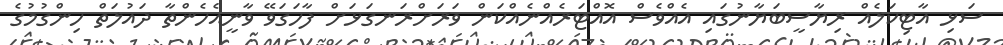
ސަޅި އާޓިކަލެއް ރިޔާސީބަޔާނުގައި އެއްވެސް އޮއްޓަރެއްނެއްކަން ވަރަށްރަނގަޅަށް ފާހަގަވޭ ވާނީއެހެންތާ ދައުލަތް ހިންގުމުގެ